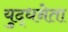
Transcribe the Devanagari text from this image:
युद्धनेता